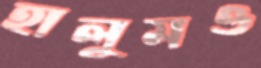
হালুমও